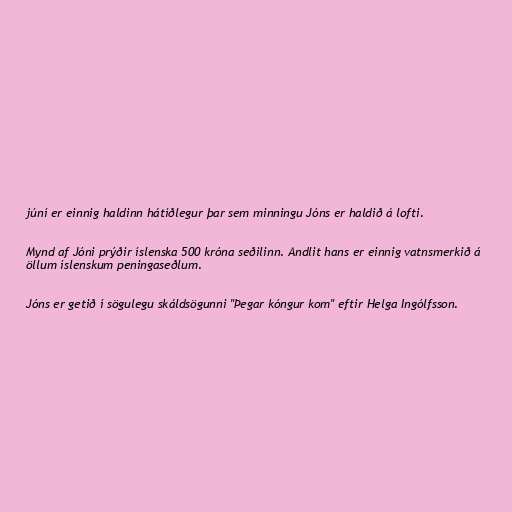
júní er einnig haldinn hátíðlegur þar sem minningu Jóns er haldið á lofti.

Mynd af Jóni prýðir íslenska 500 króna seðilinn. Andlit hans er einnig vatnsmerkið á
öllum íslenskum peningaseðlum.

Jóns er getið í sögulegu skáldsögunni "Þegar kóngur kom" eftir Helga Ingólfsson.